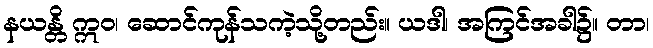
နယန္တိ ဣဝ၊ ဆောင်ကုန်သကဲ့သို့တည်း။ ယဒါ၊ အကြင်အခါ၌။ တာ၊